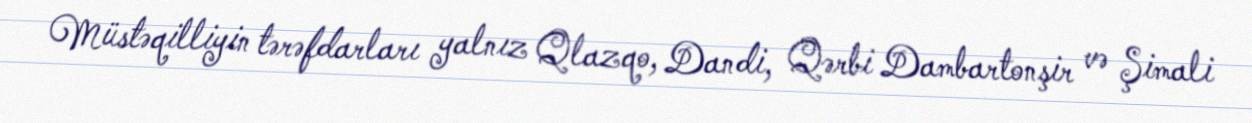
Müstəqilliyin tərəfdarları yalnız Qlazqo, Dandi, Qərbi Dambartonşir və Şimali